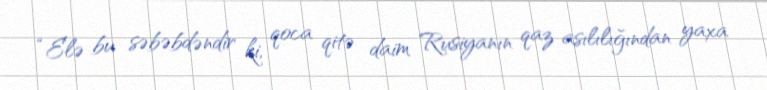
“Elə bu səbəbdəndir ki, qoca qitə daim Rusiyanın qaz asılılığından yaxa